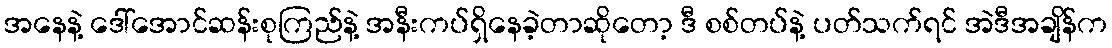
အနေနဲ့ ဒေါ်အောင်ဆန်းစုကြည်နဲ့ အနီးကပ်ရှိနေခဲ့တာဆိုတော့ ဒီ စစ်တပ်နဲ့ ပတ်သက်ရင် အဲဒီအချိန်က